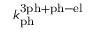
k _ { \mathrm { p h } } ^ { \mathrm { 3 p h + p h - e l } }